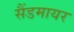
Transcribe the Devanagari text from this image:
सैंडमायर